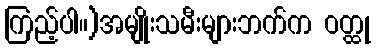
ကြည့်ပါ။)အမျိုးသမီးများဘက်က ဝတ္ထု